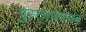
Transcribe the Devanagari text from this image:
गुस्ताफ्सन